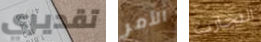
تقديري الأمر التجارب